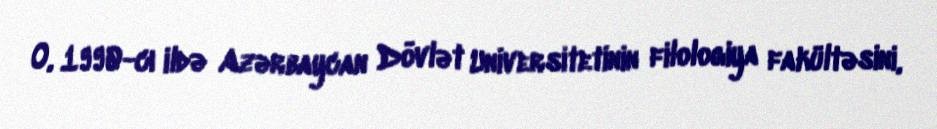
O, 1990-cı ildə Azərbaycan Dövlət Universitetinin filologiya fakültəsini,